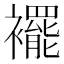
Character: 襬